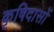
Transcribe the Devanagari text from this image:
कृषिदासों